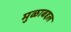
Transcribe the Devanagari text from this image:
मुळाबद्दल